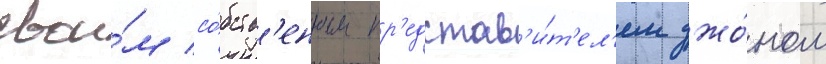
свои́м со́бств'енным пр'едстав'и́т'ел'ем джо́ном